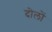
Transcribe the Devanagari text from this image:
दोलों